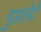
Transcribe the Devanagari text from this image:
गुडलेटे